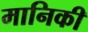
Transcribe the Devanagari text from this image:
मानिकी